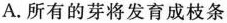
A.所有的芽将发育成枝条